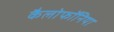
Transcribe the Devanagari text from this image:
कैलोफॉनिया